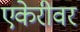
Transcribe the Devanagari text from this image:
एकेरीवर